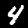
Digit: 4